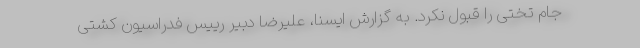
جام تختی را قبول نکرد. به گزارش ایسنا، علیرضا دبیر رییس فدراسیون کشتی